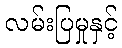
လမ်းပြမှုနှင့်